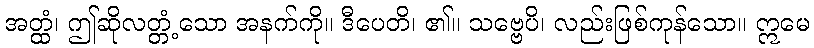
အတ္ထံ၊ ဤဆိုလတ္တံ့သော အနက်ကို။ ဒီပေတိ၊ ၏။ သဗ္ဗေပိ၊ လည်းဖြစ်ကုန်သော။ ဣမေ